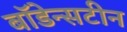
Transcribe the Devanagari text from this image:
बॉडेन्सटीन